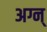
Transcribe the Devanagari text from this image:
अग्न्